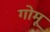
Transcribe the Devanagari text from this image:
गोमू